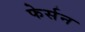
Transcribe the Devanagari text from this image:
फेर्सन